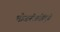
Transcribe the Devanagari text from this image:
भोजनोत्तरीं।पुसे